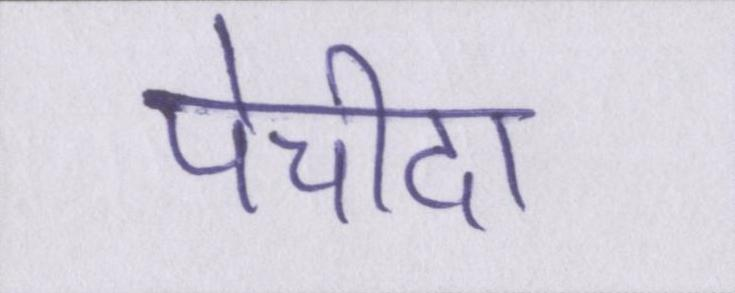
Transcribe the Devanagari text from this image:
पेचीदा